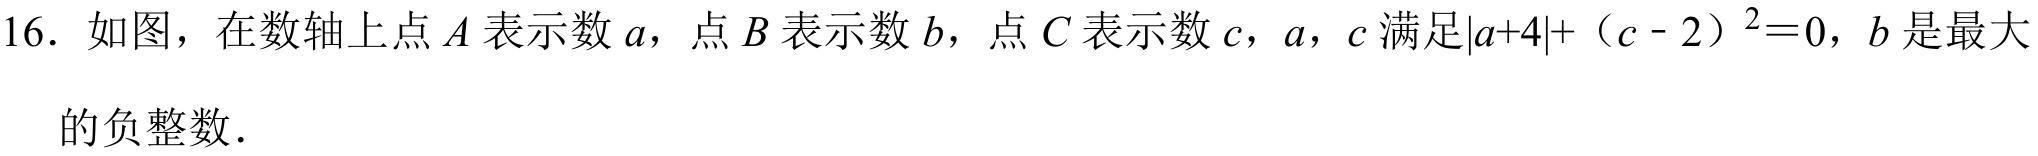
16. 如图，在数轴上点 \(A\) 表示数 \(a\)，点 \(B\) 表示数 \(b\)，点 \(C\) 表示数 \(c\)，\(a\)，\(c\) 满足\(\vert a + 4\vert+(c - 2)^{2}=0\)，\(b\) 是最大的负整数．